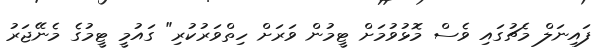
ފައިނަލް މެޗުގައި ވެސް މޮޅުވުމަށް ޓީމުން ވަރަށް ހިތްވަރުކުރި" ގައުމީ ޓީމުގެ މެނޭޖަރު